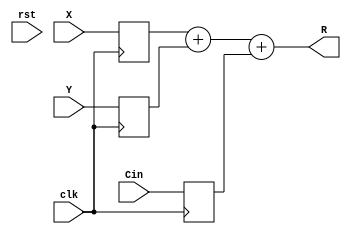
//--------------------------------------------------------------------------------------------
//
// Generated by X-HDL VHDL Translator - Version 2.0.0 Feb. 1, 2011
// Mon Apr 21 2014 01:17:19
//
//      Input file      : 
//      Component name  : intadder_33_f300_uid23
//      Author          : 
//      Company         : 
//
//      Description     : 
//
//
//--------------------------------------------------------------------------------------------

module IntAdder_33_f300_uid23(clk, rst, X, Y, Cin, R);
   input         clk;
   input         rst;
   input [32:0]  X;
   input [32:0]  Y;
   input         Cin;
   output [32:0] R;
   reg [32:0]    X_d1;
   reg [32:0]    Y_d1;
   reg           Cin_d1;
   
   always @(posedge clk)
      
      begin
         X_d1 <= X;
         Y_d1 <= Y;
         Cin_d1 <= Cin;
      end
   assign R = X_d1 + Y_d1 + Cin_d1;
   
endmodule